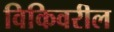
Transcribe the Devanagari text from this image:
विकिवरील